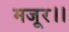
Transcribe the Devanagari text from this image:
मजूर।।